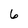
Character: 6